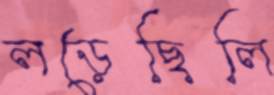
লড়েছিলি